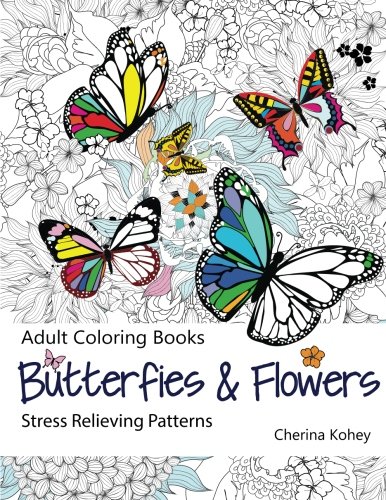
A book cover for Adult Coloring Book: Butterflies and Flowers :  Stress Relieving Patterns (Volume 7); Cherina Kohey; Humor & Entertainment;